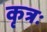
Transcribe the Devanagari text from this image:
कृत्रः